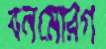
বনমোরগ